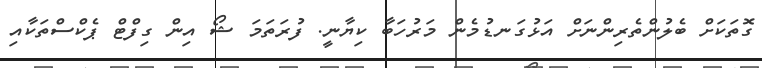
ގޮތަކަށް ބެލުންތެރިންނަށް އަޅުގަނޑުމެން މަރުހަބާ ކިޔާނީ. ފުރަތަމަ ޝޯ އިން ގިފްޓް ޕެކްސްތަކާއި